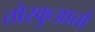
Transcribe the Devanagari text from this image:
तोरकुआतो